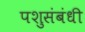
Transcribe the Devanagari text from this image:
पशुसंबंधी